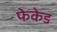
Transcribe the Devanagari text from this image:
फेकेड